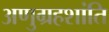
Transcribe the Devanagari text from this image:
अणुग्रहशांति